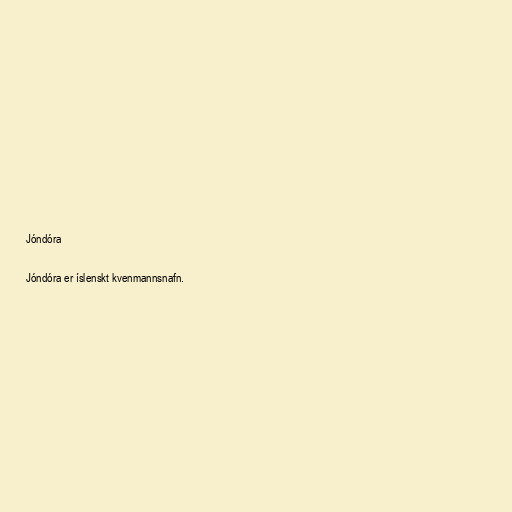
Jóndóra

Jóndóra er íslenskt kvenmannsnafn.